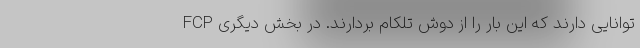
FCP توانایی دارند که این بار را از دوش تلکام بردارند. در بخش دیگری